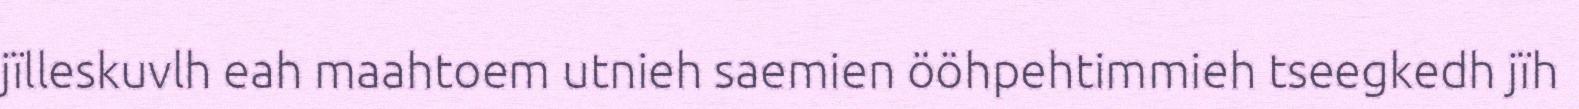
jïlleskuvlh eah maahtoem utnieh saemien ööhpehtimmieh tseegkedh jïh